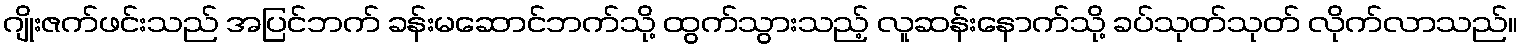
ဂျိုးဇက်ဖင်းသည် အပြင်ဘက် ခန်းမဆောင်ဘက်သို့ ထွက်သွားသည့် လူဆန်းနောက်သို့ ခပ်သုတ်သုတ် လိုက်လာသည်။